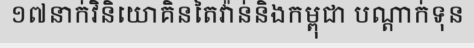
១៧នាក់វិនិយោគិនតៃវ៉ាន់និងកម្ពុជា បណ្តាក់ទុន